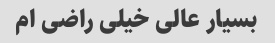
بسیار عالی خیلی راضی ام